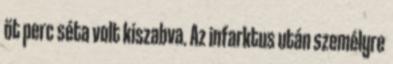
öt perc séta volt kiszabva. Az infarktus után személyre